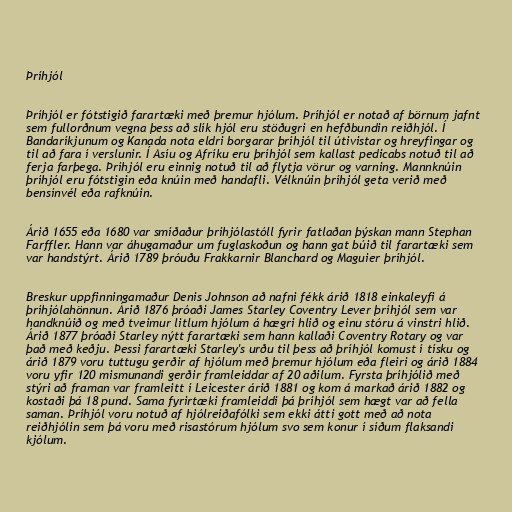
Þríhjól

Þríhjól er fótstigið farartæki með þremur hjólum. Þríhjól er notað af börnum jafnt
sem fullorðnum vegna þess að slík hjól eru stöðugri en hefðbundin reiðhjól. Í
Bandaríkjunum og Kanada nota eldri borgarar þríhjól til útivistar og hreyfingar og
til að fara í verslunir. Í Asíu og Afríku eru þríhjól sem kallast pedicabs notuð til að
ferja farþega. Þríhjól eru einnig notuð til að flytja vörur og varning. Mannknúin
þríhjól eru fótstigin eða knúin með handafli. Vélknúin þríhjól geta verið með
bensínvél eða rafknúin.

Árið 1655 eða 1680 var smíðaður þríhjólastóll fyrir fatlaðan þýskan mann Stephan
Farffler. Hann var áhugamaður um fuglaskoðun og hann gat búið til farartæki sem
var handstýrt. Árið 1789 þróuðu Frakkarnir Blanchard og Maguier þríhjól.

Breskur uppfinningamaður Denis Johnson að nafni fékk árið 1818 einkaleyfi á
þríhjólahönnun. Árið 1876 þróaði James Starley Coventry Lever þríhjól sem var
handknúið og með tveimur litlum hjólum á hægri hlið og einu stóru á vinstri hlið.
Árið 1877 þróaði Starley nýtt farartæki sem hann kallaði Coventry Rotary og var
það með keðju. Þessi farartæki Starley's urðu til þess að þríhjól komust í tísku og
árið 1879 voru tuttugu gerðir af hjólum með þremur hjólum eða fleiri og árið 1884
voru yfir 120 mismunandi gerðir framleiddar af 20 aðilum. Fyrsta þríhjólið með
stýri að framan var framleitt í Leicester árið 1881 og kom á markað árið 1882 og
kostaði þá 18 pund. Sama fyrirtæki framleiddi þá þríhjól sem hægt var að fella
saman. Þríhjól voru notuð af hjólreiðafólki sem ekki átti gott með að nota
reiðhjólin sem þá voru með risastórum hjólum svo sem konur í síðum flaksandi
kjólum.